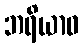
ဘရိယာဝ